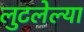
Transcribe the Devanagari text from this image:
लुटलेल्या